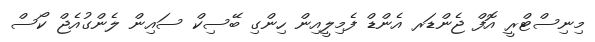
މިނިސްޓްރީ އޮފް ޖެންޑަރ އެންޑް ފެމިލީއިން ހިންގި ބޭސިކް ސައިން ލެންގުއެޖް ކޯސް